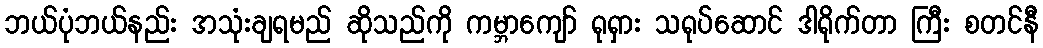
ဘယ်ပုံဘယ်နည်း အသုံးချရမည် ဆိုသည်ကို ကမ္ဘာကျော် ရုရှား သရုပ်ဆောင် ဒါရိုက်တာ ကြီး စတင်နီ